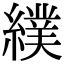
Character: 𦄾